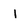
Character: l